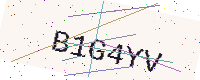
Text: B1G4YV